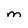
Character: M